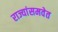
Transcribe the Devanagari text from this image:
राज्यांसमवेत